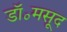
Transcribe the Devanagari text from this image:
डॉ॰मसूद